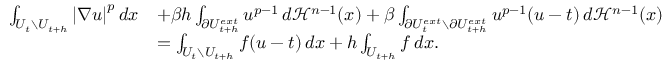
\begin{array} { r l } { \int _ { U _ { t } \setminus U _ { t + h } } { \left| \nabla u \right| } ^ { p } \, d x } & { + \beta h \int _ { \partial U _ { t + h } ^ { e x t } } u ^ { p - 1 } \, d \mathcal { H } ^ { n - 1 } ( x ) + \beta \int _ { \partial U _ { t } ^ { e x t } \setminus \partial U _ { t + h } ^ { e x t } } u ^ { p - 1 } ( u - t ) \, d \mathcal { H } ^ { n - 1 } ( x ) } \\ & { = \int _ { U _ { t } \setminus U _ { t + h } } f ( u - t ) \, d x + h \int _ { U _ { t + h } } f \, d x . } \end{array}